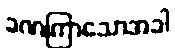
ခဏကြာသောအခါ